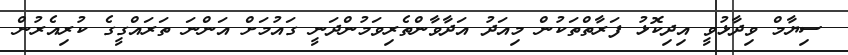
ސިޔާމް ވިދާޅުވީ އިދިކޮޅު ފަރާތްތަކުން މިއަދު އަދާވާންތެރިވަމުންދަނީ ގައުމަށް އަންނަ ތަރައްގީގެ ކުރިއެރުން